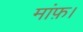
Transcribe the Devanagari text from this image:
मांफ़।